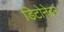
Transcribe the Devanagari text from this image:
डिटोनेटर